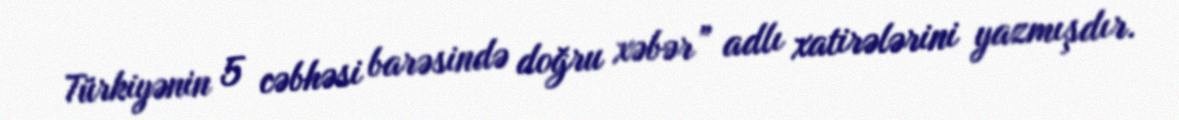
Türkiyənin 5 cəbhəsi barəsində doğru xəbər” adlı xatirələrini yazmışdır.